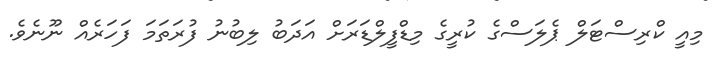
މިއީ ކްރިސްޓަލް ޕެލަސްގެ ކުރީގެ މިޑްފީލްޑަރަށް އަދަބު ލިބުނު ފުރަތަމަ ފަހަރެއް ނޫނެވެ.